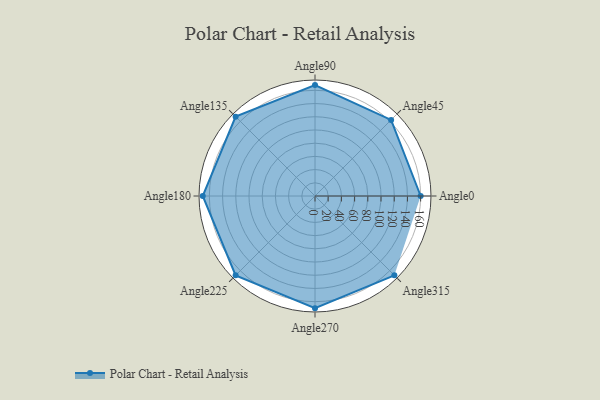
{"axis": {"x": "Angle", "y": "Radius"}, "legend": [""], "data": [{"x": "Angle0", "y": 160.0, "type": ""}, {"x": "Angle45", "y": 163.0, "type": ""}, {"x": "Angle90", "y": 168.0, "type": ""}, {"x": "Angle135", "y": 170, "type": ""}, {"x": "Angle180", "y": 170, "type": ""}, {"x": "Angle225", "y": 170, "type": ""}, {"x": "Angle270", "y": 170, "type": ""}, {"x": "Angle315", "y": 170, "type": ""}]}